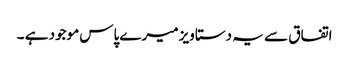
اتفاق سے یہ دستاویز میرے پاس موجود ہے ۔